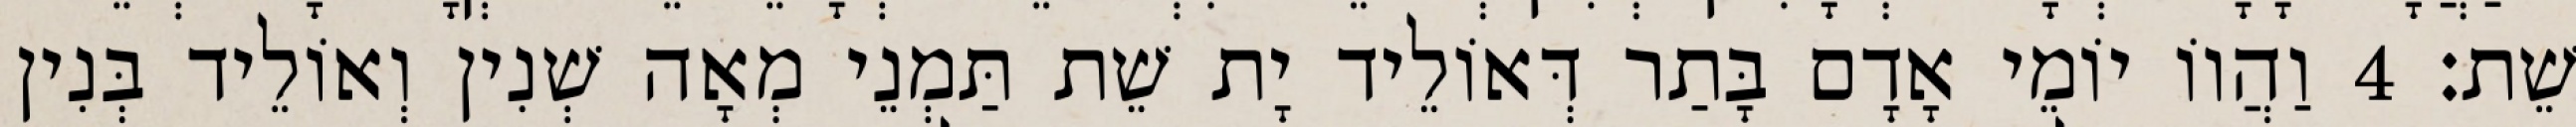
שֵׁת׃ 4 וַהֲווֹ יוֹמֵי אָדָם בָּתַר דְּאוֹלֵיד יָת שֵׁת תַּמְנֵי מְאָה שְׁנִין וְאוֹלֵיד בְּנִין